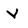
Character: V